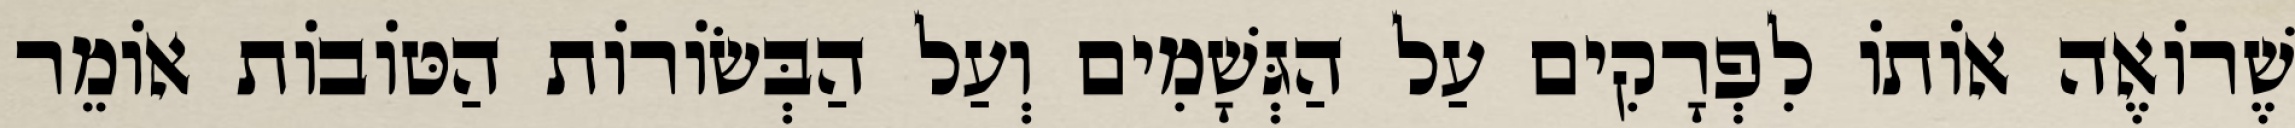
שֶׁרוֹאֶה אוֹתוֹ לִפְרָקִים עַל הַגְּשָׁמִים וְעַל הַבְּשׂוֹרוֹת הַטּוֹבוֹת אוֹמֵר